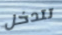
تتدخل